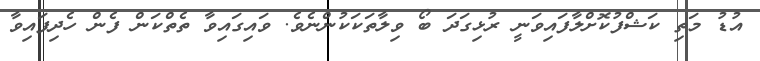
އުޑު މަތި ކަޝްފުކޮށްލާފައިވަނީ ރުޅިގަދަ ބޯ ވިލާތަކަކުންނެވެ. ވައިގައިވާ ތެތްކަން ފެން ހެދިފައިވާ